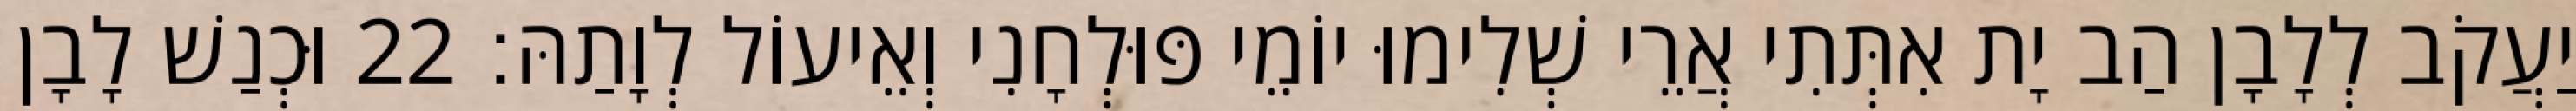
יַעֲקֹב לְלָבָן הַב יָת אִתְּתִי אֲרֵי שְׁלִימוּ יוֹמֵי פּוּלְחָנִי וְאֵיעוֹל לְוָתַהּ׃ 22 וּכְנַשׁ לָבָן